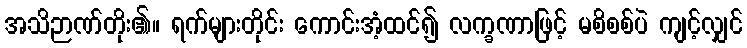
အသိဉာဏ်တိုး၏။ ရက်များတိုင်း ကောင်းအံ့ထင်၍ လက္ခဏာဖြင့် မစိစစ်ပဲ ကျင့်လျှင်